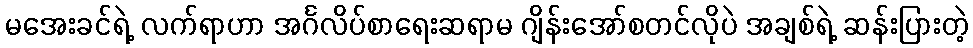
မအေးခင်ရဲ့ လက်ရာဟာ အင်္ဂလိပ်စာရေးဆရာမ ဂျိန်းအော်စတင်လိုပဲ အချစ်ရဲ့ ဆန်းပြားတဲ့